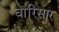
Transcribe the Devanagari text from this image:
वारिसार